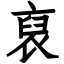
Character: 裒